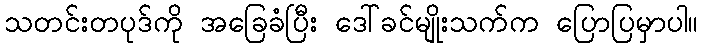
သတင်းတပုဒ်ကို အခြေခံပြီး ဒေါ်ခင်မျိုးသက်က ပြောပြမှာပါ။